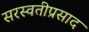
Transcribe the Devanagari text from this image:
सरस्वतीप्रसाद